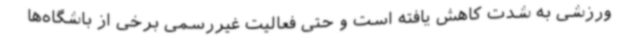
ورزشی به شدت کاهش یافته است و حتی فعالیت غیررسمی برخی از باشگاه‌ها